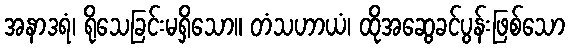
အနာဒရံ၊ ရိုသေခြင်းမရှိသော။ တံသဟာယံ၊ ထိုအဆွေခင်ပွန်းဖြစ်သော